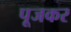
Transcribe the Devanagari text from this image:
पूजकर